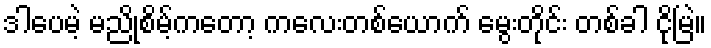
ဒါပေမဲ့ မညိုစိမ့်ကတော့ ကလေးတစ်ယောက် မွေးတိုင်း တစ်ခါ ငိုမြဲ။